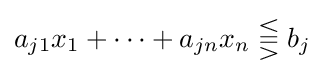
a_{j1}x_{1}+\cdots +a_{jn}x_{n}\lesseqqgtr b_{j}